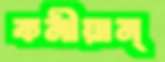
কনীয়ান্